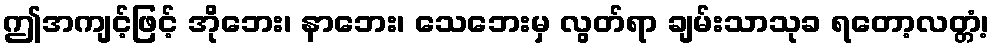
ဤအကျင့်ဖြင့် အိုဘေး၊ နာဘေး၊ သေဘေးမှ လွတ်ရာ ချမ်းသာသုခ ရတော့လတ္တံ့၊